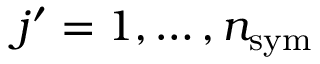
j ^ { \prime } = 1 , \dots , n _ { \mathrm { s y m } }